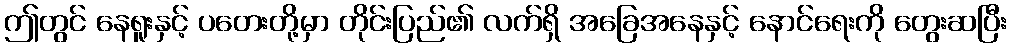
ဤတွင် နေရူးနှင့် ပတေးတို့မှာ တိုင်းပြည်၏ လက်ရှိ အခြေအနေနှင့် နောင်ရေးကို တွေးဆပြီး